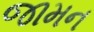
જામન